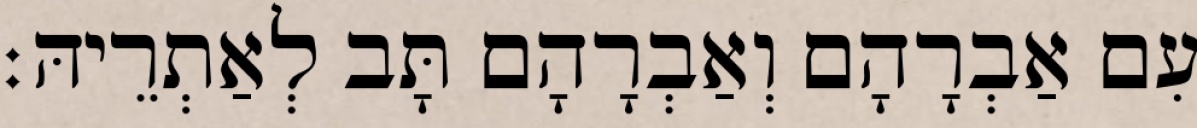
עִם אַבְרָהָם וְאַבְרָהָם תָּב לְאַתְרֵיהּ׃